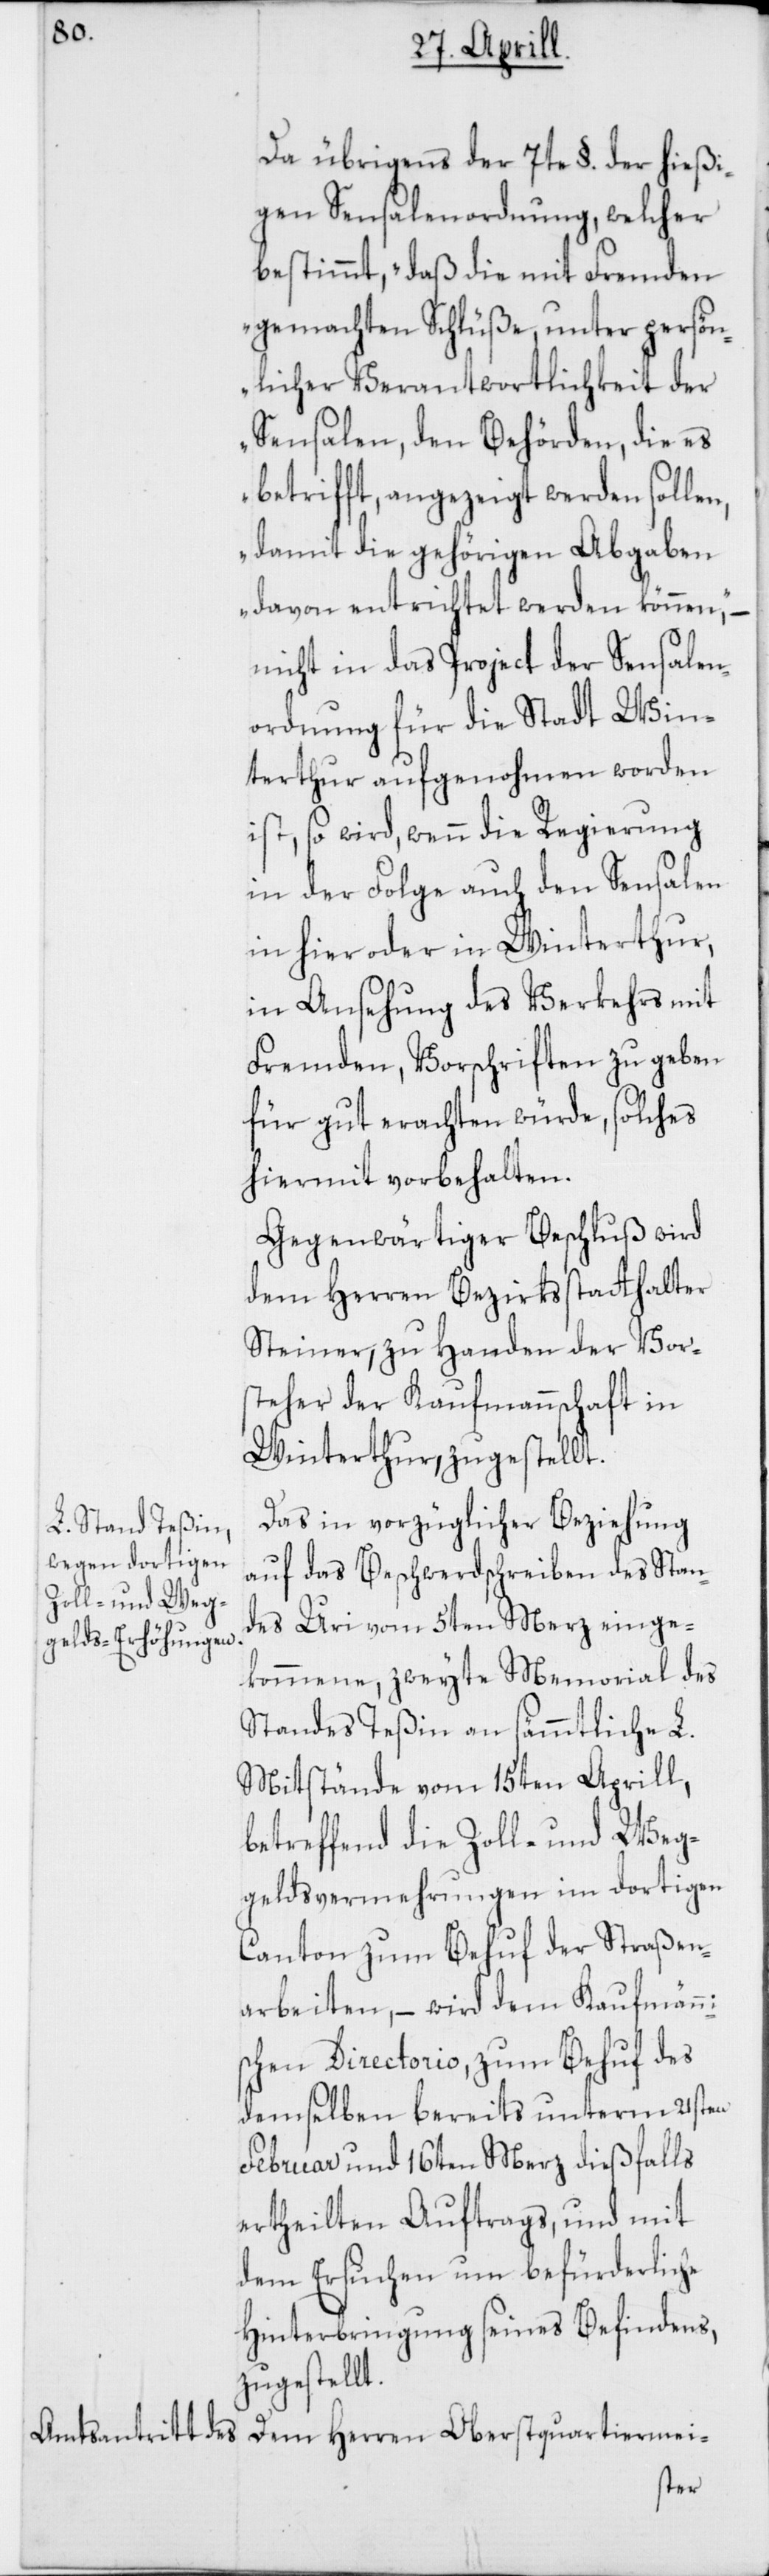
Da übrigens der 7te §. der hießi¬
gen Sensalenordnung, welcher
bestimmt, „daß die mit Fremden
gemachten Schlüße, unter persön¬
licher Verantwortlichkeit der
Sensalen, den Behörden, die es
betrifft, angezeigt werden sollen,
damit die gehörigen Abgaben
davon entrichtet werden können,“ –
nicht in das Project der Sensalen¬
ordnung für die Stadt Win¬
terthur aufgenohmen worden
ist, so wird, wenn die Regierung
in der Folge auch den Sensalen
in hier oder in Winterthur,
in Ansehung des Verkehrs mit
Fremden, Vorschriften zu geben
für gut erachten würde, solches
hiermit vorbehalten.
Gegenwärtiger Beschluß wird
dem Herren Bezirksstatthalter
Steiner, zu Handen der Vor¬
steher der Kaufmannschaft in
Winterthur, zugestellt.
Das in vorzüglicher Beziehung
auf das Beschwerdschreiben des Stan¬
des Uri vom 5ten Merz einge¬
kommene, zweyte Memorial des
Standes Teßin an sämmtliche L.
Mitstände vom 15ten Aprill,
betreffend die Zoll- und Weg¬
geldsvermehrungen im dortigen
Canton zum Behuf der Straßen¬
arbeiten, – wird dem Kaufmänn¬
ischen Directorio zum Behuf des
demselben bereits unterm 21sten
Februar und 16ten Merz dießfalls
ertheilten Auftrags, und mit
dem Ersuchen um befürderliche
Hinterbringung seines Befindes,
zugestellt.
Dem Herren Oberstquartiermei-